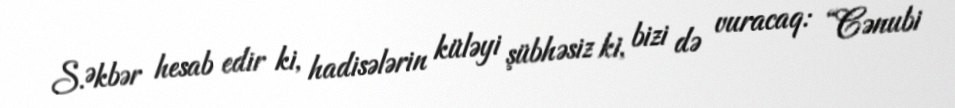
S.Əkbər hesab edir ki, hadisələrin küləyi şübhəsiz ki, bizi də vuracaq: “Cənubi